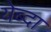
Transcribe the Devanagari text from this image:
येब्दा